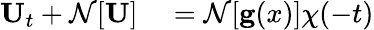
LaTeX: \begin{array}{rl}{{\mathbf U}_{t}+\mathcal{N}[{\mathbf U}]}&{{}=\mathcal{N}[{\mathbf g}({x})]\chi(-t)}\end{array}